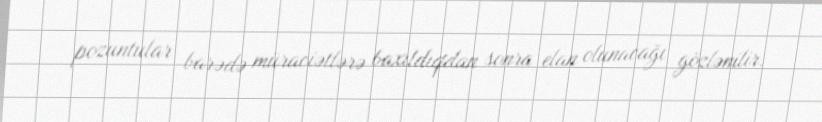
pozuntular barədə müraciətlərə baxıldıqdan sonra elan olunacağı gözlənilir.